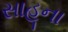
સાહૂના